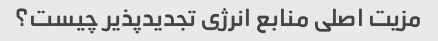
مزیت اصلی منابع انرژی تجدیدپذیر چیست؟